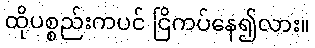
ထိုပစ္စည်းကပင် ငြိကပ်နေ၍လား။